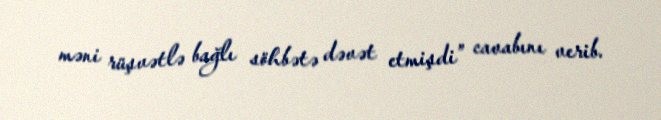
məni rüşvətlə bağlı söhbətə dəvət etmişdi” cavabını verib.